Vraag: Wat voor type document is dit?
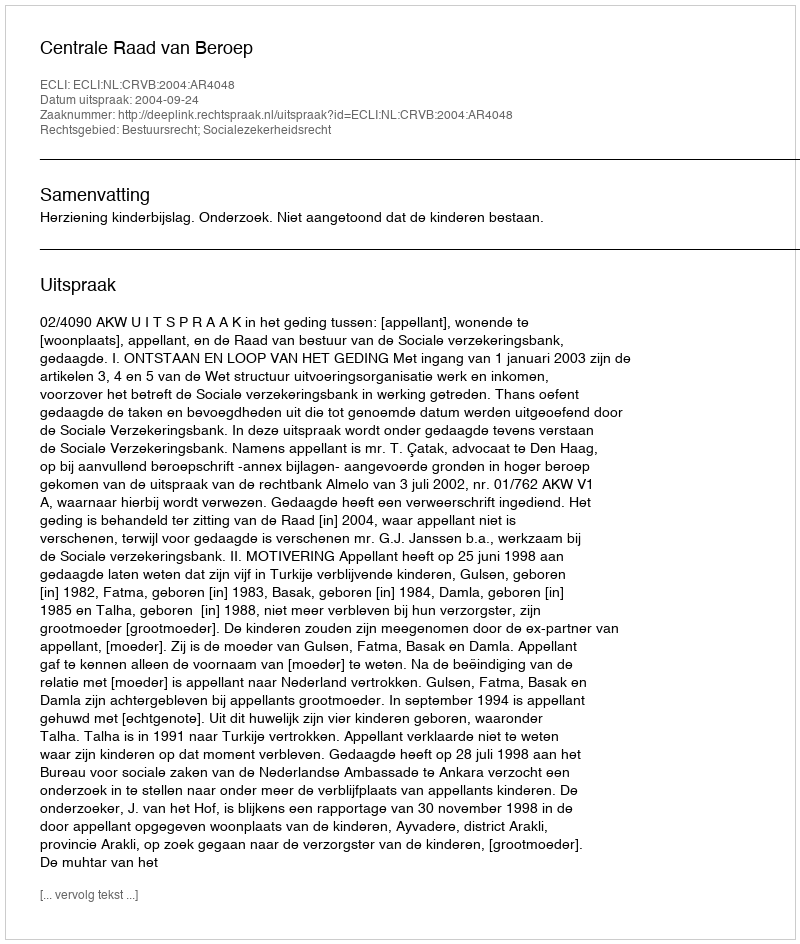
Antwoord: Uitspraak